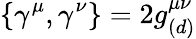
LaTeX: \{ \gamma^{\mu},\gamma^{\nu}\} =2g_{(d)}^{\mu\nu}